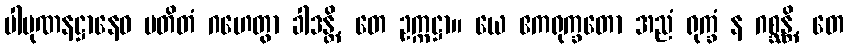
ပါပုဏနဋ္ဌာနေဝ ပတိတံ ဂဟေတွာ ခါဒန္တိ, တေ ဥက္ကဋ္ဌာ။ ယေ ဧကရုက္ခတော အညံ ရုက္ခံ န ဂစ္ဆန္တိ, တေ